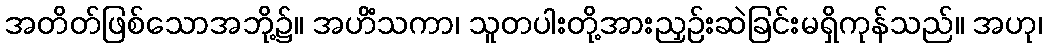
အတိတ်ဖြစ်သောအဘို့၌။ အဟိံသကာ၊ သူတပါးတို့အားညှဉ်းဆဲခြင်းမရှိကုန်သည်။ အဟု၊